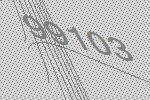
99103